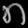
Digit: ၈